Annual report on the working of the lock hospitals in the North-Western Provinces and Oudh
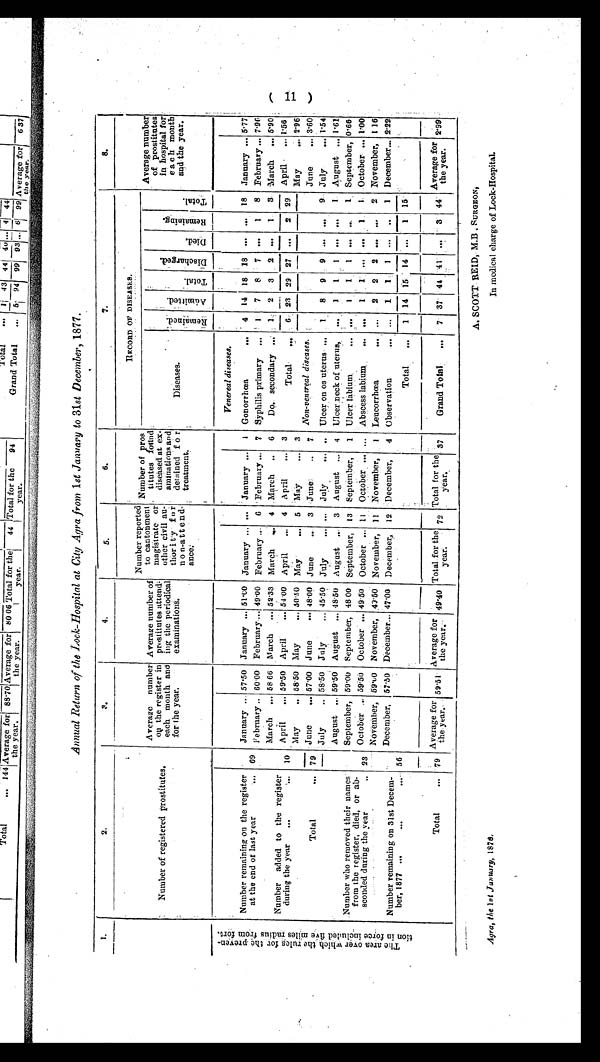
Agra, the let January, 1876.
A. SCOTT REID, M.B. SURGEON,
In medical charge of Lock-Hospital.
Annual Return of the Lock-Hospital at City Agra from 1st January to 31st December, 1877.
1 .
2.
3.
4.
5.
6.
7.
8.
Average number
of prostitutes
in hospital for
each a mont
h and the year.
Number of registered prostitutes.
Average number
on the register in
each month and
for the year.
Average number of
prostitutes attend
ing the periodical
examinations.
Number reported
to cantonmentm a g i s t r a t e o
r other civil au
thority
f o r n o n - a t t e n d
ance.
R E C O R D O F D I S E A S E S .
Number of Pros
titutes
f o u n d d i s e a s e d a t e x
amigrations and
detained for
treatment.
A d m i t t e d .
T o t a l . D i s c h a r g e d .
D i e d . R e m a i n i n g .
T o t a l .
Diseases.
R e m a i n e d .
T h e a r e a o v e r w h i c h t h e r u l e s f o r t h e p r e v e n t i o n f o r c e i n c l u d e d f i v e m i l e s f r o m f o r t .
Venereal diseases.
Number remaining on the register
at the end of last year
... 69
January ... 57·50 January ...
... January ... 1 Gonorrhœa
4 14 18 18 ... ... 18 January... 5·77
8 February... 7·96
February.. 60·00 February... 49·00 February... 6 February... 7 Syphilis primary ... 1 7 8 7 ... 1
March ... 58·66 March ... 52
·51·00 January ...
33 March
4 .March .. 6
Do. secondary „ 1 2 3
2 ...
3 March ... 5·90
Number added to the register
during the year
1 0 April ... 59·50 April ... 54·00 April
4 April ... 3
Total
6 2 329
27
2 29 April ... 1·56
2·96
May
...
May
58·50 May
30·50 May
... 5 May
... 3
Total
...
7 9 June
... 57·00 June
... 481·00 June
3 June
7 Non-venereal diseases.
June
... 3·60
July .. 58·50 July
, 45·50 July
... ... July
...
Ulcer on os uterus
1 8 9
9 . ...
9 July
... 1·54
Number who removed their names
from the register, died, ab
or
sconded during the year
23
August ... 59·50 August ... 48·50 August
3 August
4 Ulcer neck of uterus,
1 1 1 ... ... 1 August ... 1·61
September, 59·00 September, 48 00 September, 13 September,
1 Ulcer labium.
1
1
1 September, 0·66
1 October ... 1·00
October 59·56 October
49·50 October
11 October ...
Abscess labium
...
1
1
...
November, 59·60 November, 49·50 November, 11 November,
1 Leucorrhœa
...
2 2 2 ... ... 2 November, 1·16
December, 57·50 December... 47·00 December, 12 December, 4 Observation
1 1 1
. 1 December
...
2·22
Number remaining on 31st Decem
ber, 1877 ...
56
Total ... 1 14 15 14
1 15
Total
...
7 9
Average for
the year. 59·51 Average for
the year. 49·40 Total for the
year.
72 Total for the
year.
37
Grand Total ...
7 37 44 41
3 44 Average for
the year.
2·99